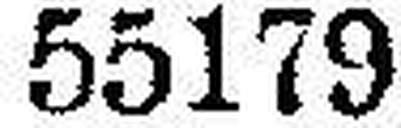
55179